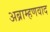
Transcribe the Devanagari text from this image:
अब्राम्हणवाद